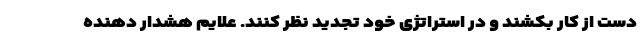
دست از کار بکشند و در استراتژی خود تجدید نظر کنند. علایم هشدار دهنده